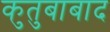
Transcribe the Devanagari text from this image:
कुतुबाबाद